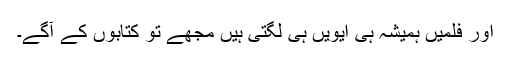
اور فلمیں ہمیشہ ہی ایویں ہی لگتی ہیں مجھے تو کتابوں کے آگے۔